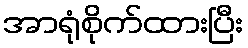
အာရုံစိုက်ထားပြီး